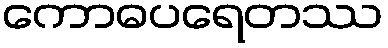
ကောဓပရေတဿ